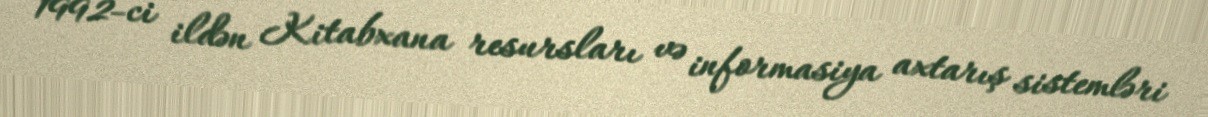
1992-ci ildən Kitabxana resursları və informasiya axtarış sistemləri